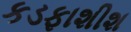
કડફાશીશ